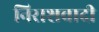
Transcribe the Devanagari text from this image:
निराशवादी